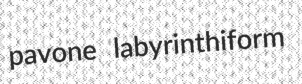
pavone labyrinthiform